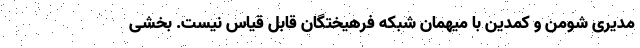
مدیریِ شومن و کمدین با میهمان شبکه فرهیختگان قابل قیاس نیست. بخشی